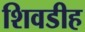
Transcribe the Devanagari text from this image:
शिवडीह